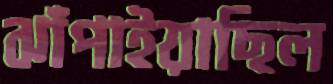
ঝাঁপাইয়াছিল